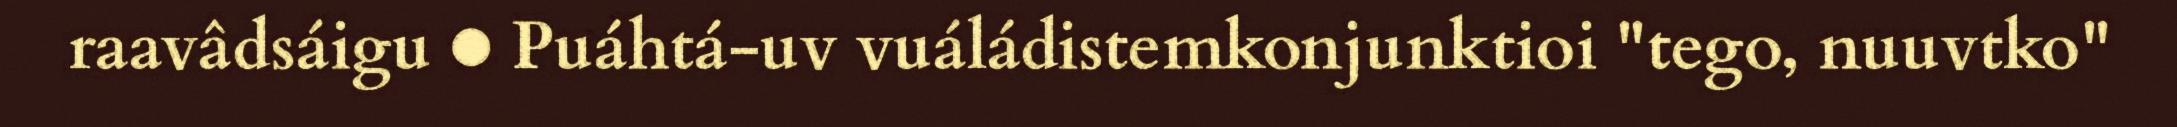
raavâdsáigu ● Puáhtá-uv vuáládistemkonjunktioi "tego, nuuvtko"